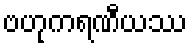
ဗဟုကရဏီယဿ